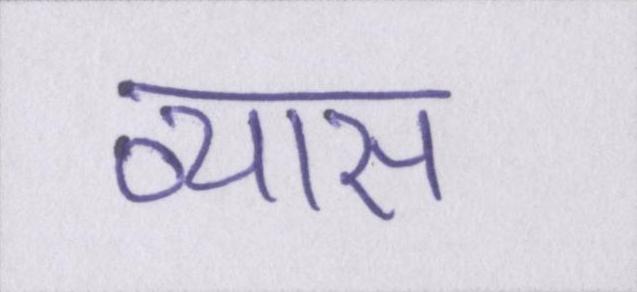
व्यास